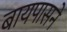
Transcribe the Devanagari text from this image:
बायपासने